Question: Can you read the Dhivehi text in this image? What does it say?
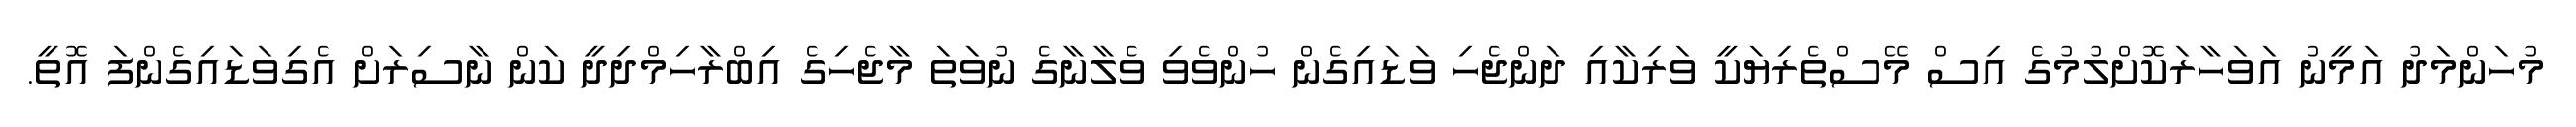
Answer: މުހަންމަދު އަމީނު އަވަހާރަކޮށްލުމުގެ އިސް މޭސްތެރިޔަކީ ވަރިކާއި ދަންޖެހި ވަޑައިގެން ހުންވެވި ވެލާނާގެ ނުވަތަ މާޖެހިގެ އިބްރާހިމްދިދީ ކަން ނާސިރަށް އެގިވަޑައިގެންފަ އޮތީ.